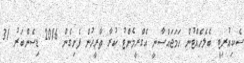
ސެކިއުރިޓީ ބެލެހެއްޓުން ހަމަޖައްސާނީ އެގްރީމެންޓު ކުރާ ތާރީޚުން ފެށިގެން 2016 ޑިސެންބަރު 31